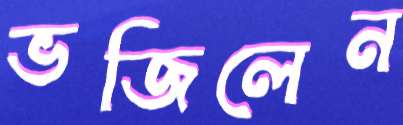
ভজিলেন